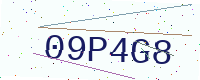
Text: 09P4G8